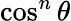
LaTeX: \cos^{n}\theta